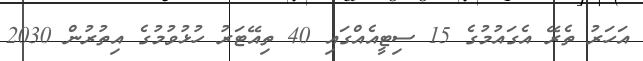
އަހަރު ތެރޭ އެގައުމުގެ 15 ސިޓީއެއްގައި 40 ތިއޭޓަރު ހުޅުވުމުގެ އިތުރުން 2030